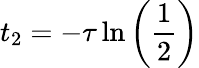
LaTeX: t_{2}=-\tau\ln\left(\frac{1}{2}\right)